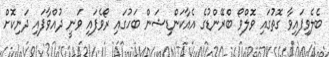
ބެލެވިފައިވާ ގޮތުގައި ވޮލްވޯ ބްރޭންޑުގެ އެއާކަންޑިޝަން ބަހުގައި ރޯވެފައި ވަނީ ދުއްވާފައި ދަނިކޮށް